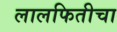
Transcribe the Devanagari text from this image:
लालफितीचा